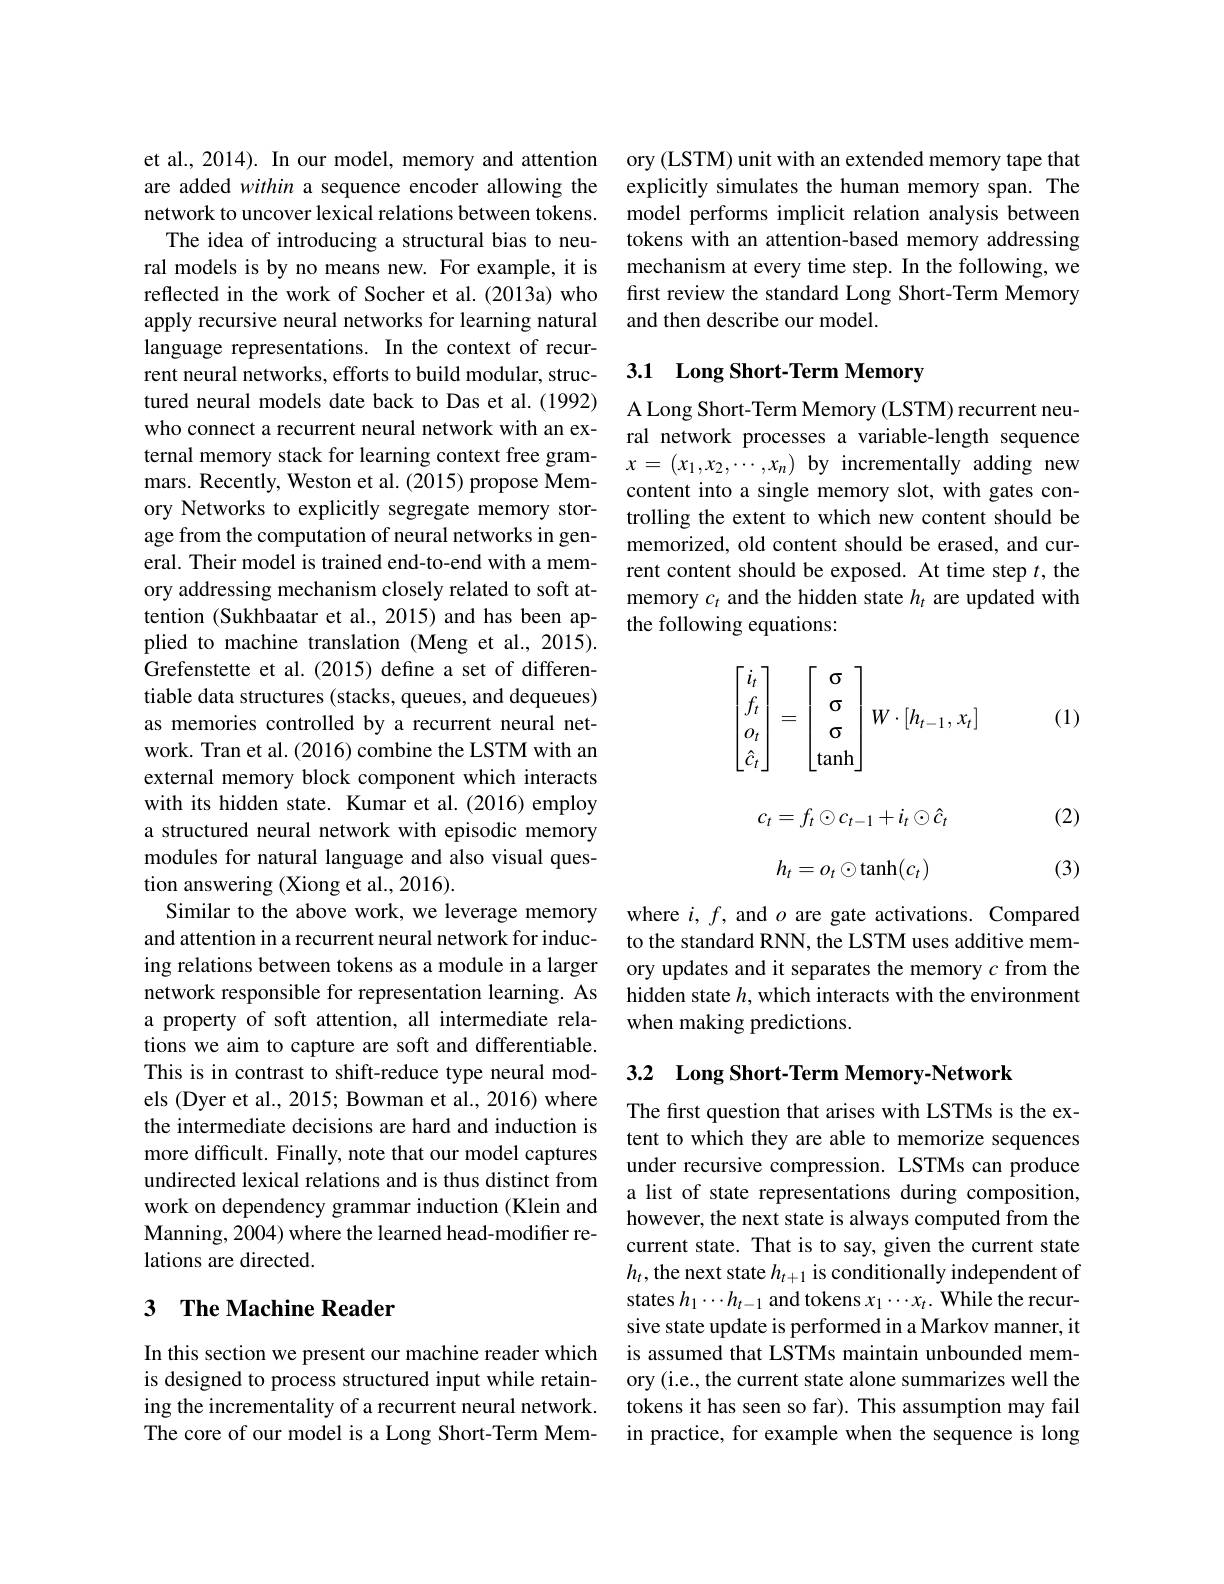
are added within a sequence encoder allowing the network to uncover lexical relations between tokens.
The idea of introducing a structural bias to neural models is by no means new. For example, it is reflected in the work of Socher et al. (2013a) who apply recursive neural networks for learning natural language representations. In the context of recurrent neural networks, efforts to build modular, structured neural models date back to Das et al. (1992) who connect a recurrent neural network with an external memory stack for learning context free grammars. Recently, Weston et al. (2015) propose Memory Networks to explicitly segregate memory storage from the computation of neural networks in general. Their model is trained end-to-end with a memory addressing mechanism closely related to soft attention (Sukhbaatar et al., 2015) and has been applied to machine translation (Meng et al., 2015). Grefenstette et al.(2015) define a set of differentiable data structures (stacks, queues, and dequeues) as memories controlled by a recurrent neural network. Tran et al. (2016) combine the LSTM with an external memory block component which interacts with its hidden state. Kumar et al.(2016) employ a structured neural network with episodic memory modules for natural language and also visual question answering (Xiong et al., 2016).
Similar to the above work, we leverage memory and attention in a recurrent neural network for inducing relations between tokens as a module in a larger network responsible for representation learning. As a property of soft attention, all intermediate relations we aim to capture are soft and differentiable. This is in contrast to shift-reduce type neural models (Dyer et al., 2015; Bowman et al., 2016) where the intermediate decisions are hard and induction is more difficult. Finally, note that our model captures undirected lexical relations and is thus distinct from work on dependency grammar induction (Klein and Manning, 2004) where the learned head-modifier relations are directed.

## 3 The Machine Reader

In this section we present our machine reader which is designed to process structured input while retaining the incrementality of a recurrent neural network. The core of our model is a Long Short-Term Mem-

et al., 2014). In our model, memory and attention ory (LSTM) unit with an extended memory tape that
explicitly simulates the human memory span. The model performs implicit relation analysis between tokens with an attention-based memory addressing mechanism at every time step. In the following, we first review the standard Long Short-Term Memory and then describe our model.

## 3.1 Long Short-Term Memory

A Long Short- Term Memory (LSTM) recurrent neural network processes a variable-length sequence $x=(x_1,x_2,\cdots,x_n)$ by incrementally adding new content into a single memory slot, with gates controlling the extent to which new content should be memorized, old content should be erased, and current content should be exposed. At time step $t$, the memory $c_t$ and the hidden state $h_t$ are updated with the following equations:
$$\begin{bmatrix}i_t\\f_t\\o_t\\\hat{c}_t\end{bmatrix}=\begin{bmatrix}\sigma\\\sigma\\\sigma\\\tanh\end{bmatrix}W\cdot[h_{t-1},x_t]$$
(1)

(2)
$$c_t=f_t\odot c_{t-1}+i_t\odot\hat{c}_t$$
$$h_t=o_t\odot\tanh(c_t)$$
(3)

where $i,f$, and $o$ are gate activations. Compared to the standard RNN, the LSTM uses additive memory updates and it separates the memory $c$ from the hidden state $h$, which interacts with the environment when making predictions.

3.2 Long Short-Term Memory-Network

The first question that arises with LSTMs is the extent to which they are able to memorize sequences under recursive compression. LSTMs can produce a list of state representations during composition, however, the next state is always computed from the current state. That is to say, given the current state $h_t$,the next state $h_t+1$ is conditionally independent of states $h_1\cdots h_{t-1}$ and tokens $x_1\cdots x_t.$ While the recursive state update is performed in a Markov manner, it is assumed that LSTMs maintain unbounded memory (i.e., the current state alone summarizes well the tokens it has seen so far). This assumption may fail in practice, for example when the sequence is long